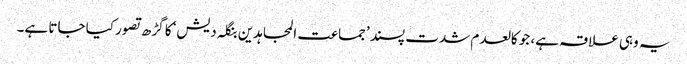
یہ وہی علاقہ ہے، جو کالعدم شدت پسند ’جماعت المجاہدین بنگلہ دیش‘ کا گڑھ تصور کیا جاتا ہے۔